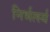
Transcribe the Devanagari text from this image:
निर्भर्त्स्य